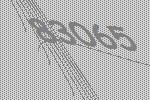
83065